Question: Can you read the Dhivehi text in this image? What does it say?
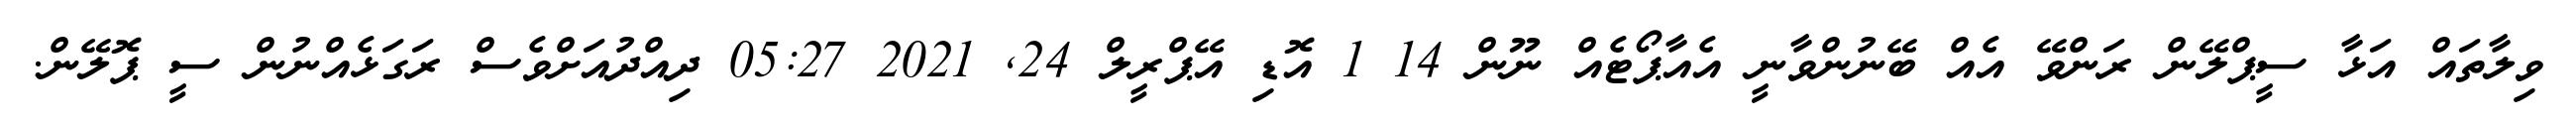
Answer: ވިލާތައް އަޅާ ސީޕްލޭން ރަންވޭ އެއް ބޭނުންވާނީ އެއާޕޯޓެއް ނޫން 14 1 އޮޑި އޭޕްރީލް 24, 2021 05:27 ދިއްދުއަށްވެސް ރަގަޅެއްނުން ސީ ޕޮލޭން.